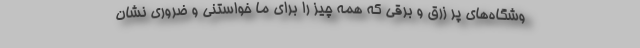
وشگاه‌های پر زرق و برقی که همه چیز را برای ما خواستنی و ضروری نشان